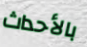
بالأحداث